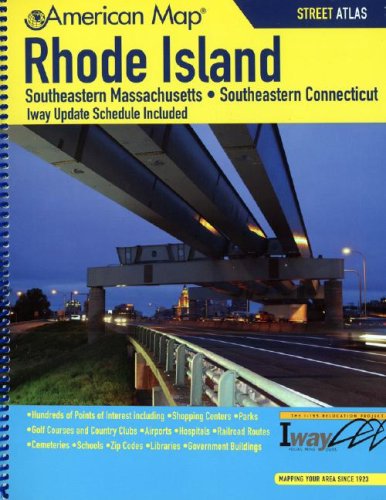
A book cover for American Map Rhode Island State Road Atlas; Travel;